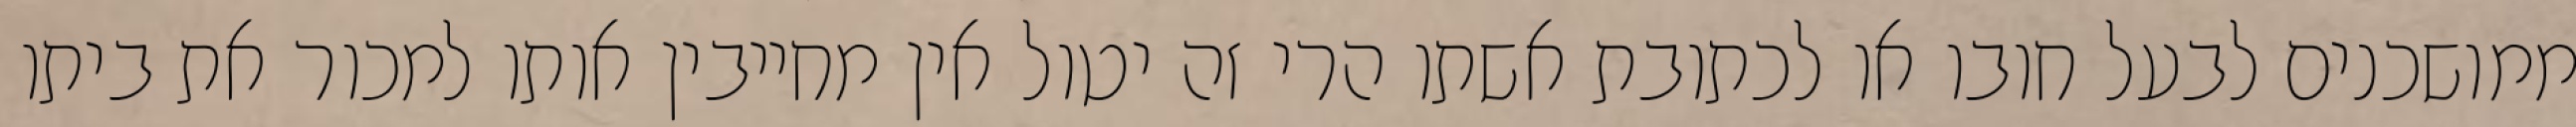
ממושכנים לבעל חובו או לכתובת אשתו הרי זה יטול אין מחייבין אותו למכור את ביתו